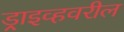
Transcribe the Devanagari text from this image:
ड्राइव्हवरील